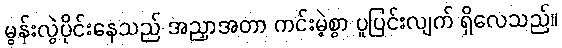
မွန်းလွဲပိုင်းနေသည် အညှာအတာ ကင်းမဲ့စွာ ပူပြင်းလျက် ရှိလေသည်။